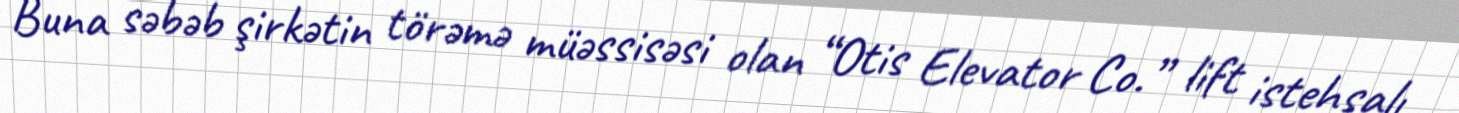
Buna səbəb şirkətin törəmə müəssisəsi olan “Otis Elevator Co.” lift istehsalı